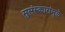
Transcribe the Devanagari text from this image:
सुसंस्कारांमुळे